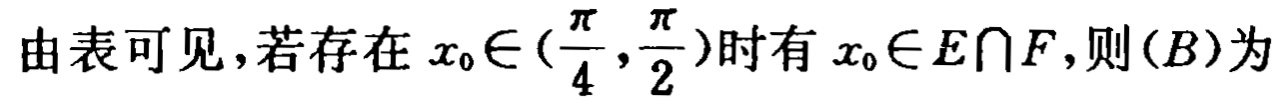
由表可见，若存在 \(x_{0}\in(\frac{\pi}{4},\frac{\pi}{2})\)时有 \(x_{0}\in E\cap F\)，则\((B)\)为